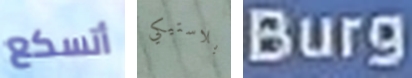
أتسكع بلاستيكي Burg